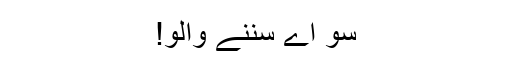
سو اے سُننے والو!